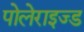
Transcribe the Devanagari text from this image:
पोलेराइज्ड